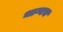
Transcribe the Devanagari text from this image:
भाग्यच